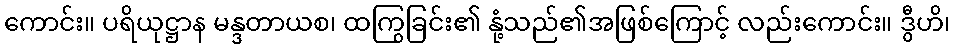
ကောင်း။ ပရိယုဋ္ဌာန မန္ဒတာယစ၊ ထကြွခြင်း၏ နုံ့သည်၏အဖြစ်ကြောင့် လည်းကောင်း။ ဒွီဟိ၊